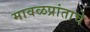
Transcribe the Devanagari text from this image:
मावळप्रांताचे